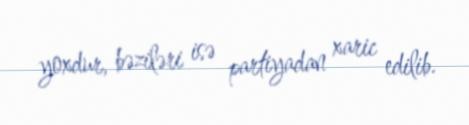
yoxdur, bəziləri isə partiyadan xaric edilib.